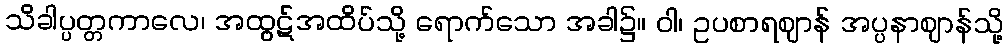
သိခါပ္ပတ္တကာလေ၊ အထွဋ်အထိပ်သို့ ရောက်သော အခါ၌။ ဝါ၊ ဥပစာရဈာန် အပ္ပနာဈာန်သို့